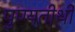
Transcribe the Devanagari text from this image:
पुण्यतीर्थी